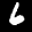
Label: 6